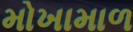
મોખામાળ